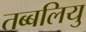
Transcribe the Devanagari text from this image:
तब्बलियु